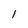
Character: 1